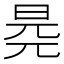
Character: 𣆧